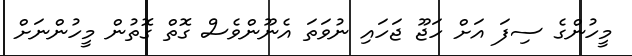
މީހުންގެ ސިފަ އަށް ހަޖޫ ޖަހައި ނުވަތަ އެނޫންވެސް ގޮތް ގޮތުން މީހުންނަށް